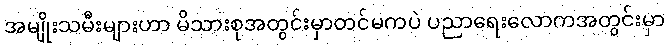
အမျိုးသမီးများဟာ မိသားစုအတွင်းမှာတင်မကပဲ ပညာရေးလောကအတွင်းမှာ